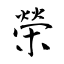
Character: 榮